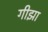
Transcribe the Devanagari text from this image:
गीझा